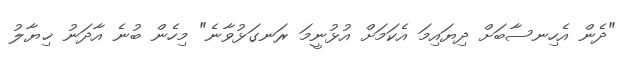
"ދެން އެހިނސާބަށް ދިޔައިމަ އެކަމަށް އުޅުނީމަ ރަނގަޅުވާނެ" މިހެން ބުނެ އާދަނު ޚިޔާލު